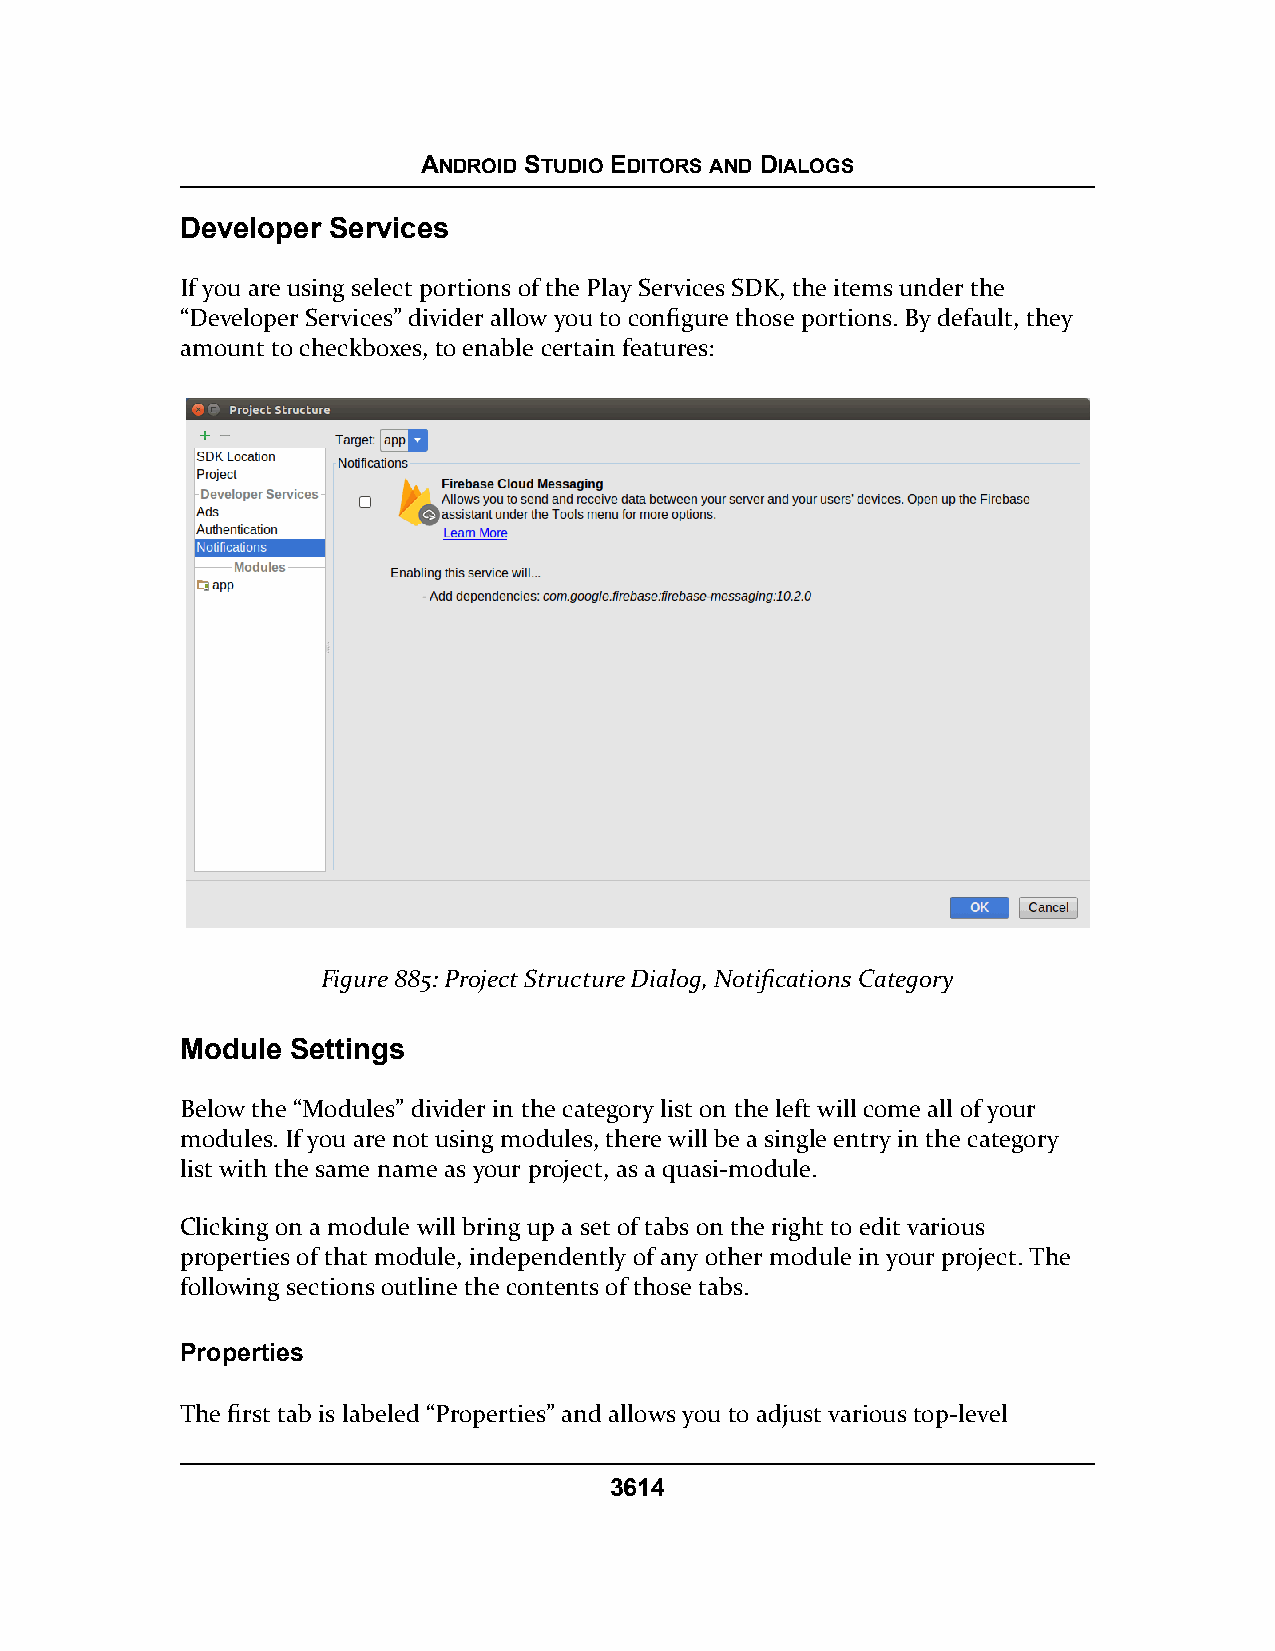
ANDROID STUDIO EDITORS AND DIALOGS
 Developer Services
 If you are using select portions of the Play Services SDK, the items under the
 “Developer Services” divider allow you to configure those portions. By default, they
 amount to checkboxes, to enable certain features:
 Figure 885: Project Structure Dialog, Notifications Category
 Module Settings
 Below the “Modules” divider in the category list on the left will come all of your
 modules. If you are not using modules, there will be a single entry in the category
 list with the same name as your project, as a quasi-module.
 Clicking on a module will bring up a set of tabs on the right to edit various
 properties of that module, independently of any other module in your project. The
 following sections outline the contents of those tabs.
 Properties
 The first tab is labeled “Properties” and allows you to adjust various top-level
 3614